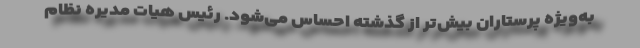
به‌ویژه پرستاران بیش‌تر از گذشته احساس می‌شود. رئیس هیات مدیره نظام